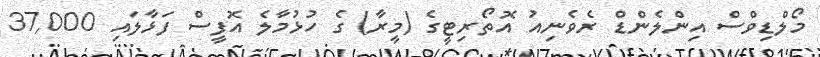
މޯލްޑިވްސް އިންލެންޑް ރެވެނިއު އޮތޯރިޓީގެ (މީރާ) ގެ ހުޅުމާލެ އޮފީސް ފަޅާލައި 37